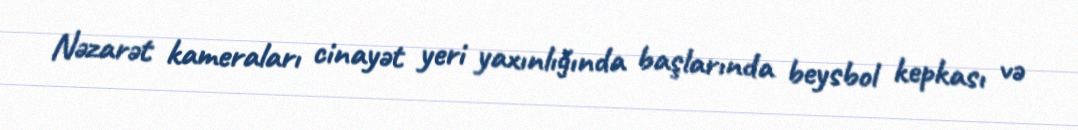
Nəzarət kameraları cinayət yeri yaxınlığında başlarında beysbol kepkası və